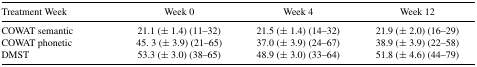
<table><thead><tr><td><b>Treatment Week</b></td><td><b>Week 0</b></td><td><b>Week 4</b></td><td><b>Week 12</b></td></tr></thead><tbody><tr><td>COWAT semantic</td><td>21.1 (± 1.4) (11–32)</td><td>21.5 (± 1.4) (14–32)</td><td>21.9 (± 2.0) (16–29)</td></tr><tr><td>COWAT phonetic</td><td>45. 3 (± 3.9) (21–65)</td><td>37.0 (± 3.9) (24–67)</td><td>38.9 (± 3.9) (22–58)</td></tr><tr><td>DMST</td><td>53.3 (± 3.0) (38–65)</td><td>48.9 (± 3.0) (33–64)</td><td>51.8 (± 4.6) (44–79)</td></tr></tbody></table>